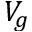
V _ { g }